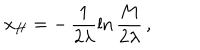
x _ { H } = - \, \frac { 1 } { 2 \lambda } \ln \frac { M } { 2 \lambda } \, ,